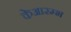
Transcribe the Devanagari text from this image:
केआरम्भ